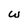
Character: w